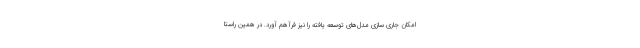
امکان جاری سازی مدل‌های توسعه یافته را نیز فرآهم آورد. در همین راستا